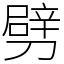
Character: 劈